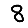
Digit: 8